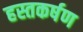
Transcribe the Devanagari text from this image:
हस्तकर्षण